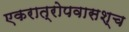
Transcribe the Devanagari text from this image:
एकरात्रोपवासश्च